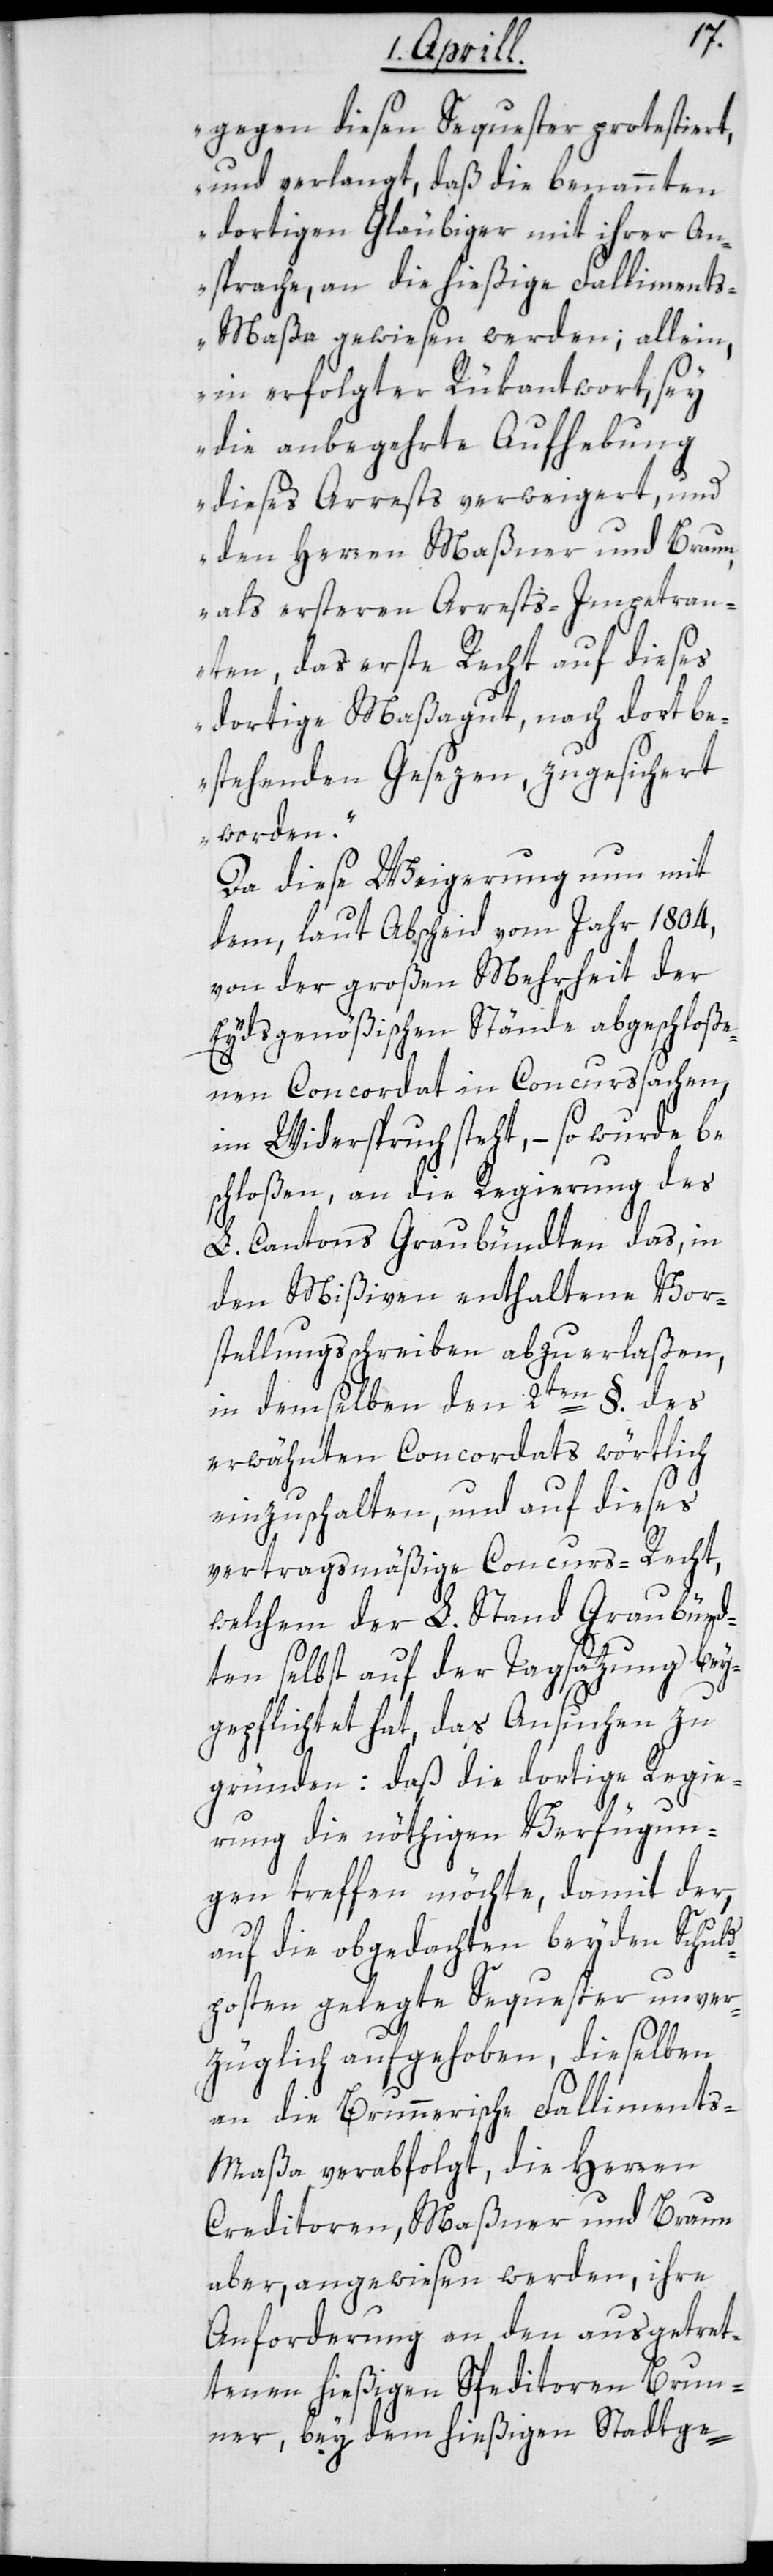
gegen diesen Sequester protestiert,
und verlangt, daß die benannten
dortigen Gläubiger mit ihrer An¬
sprache an die hießige Falliment¬
s-Maßa gewiesen werden; allein,
in erfolgter Rükantwort, sey
die anbegehrte Aufhebung
dieses Arrests verweigert, und
den Herren Maßner und Braun,
als ersteren Arrests-Impetran¬
ten, das erste Recht auf dieses
dortige Maßagut, nach dort be¬
stehenden Gesezen, zugesichert
worden“.
Da diese Weigerung nun mit
dem, laut Abscheid vom Jahr 1804
von der großen Mehrheit der
Eydsgenößischen Stände abgeschloße¬
nen Concordat in Concurssachen,
im Widerspruch steht, – so wurde be¬
schloßen, an die Regierung des
L. Cantons Graubündten das, in
den Mißiven enthaltene Vor¬
stellungsschreiben abzuerlaßen,
in demselben den 2ten §. des
erwähnten Concordats wörtlich
einzuschalten, und auf dieses
vertragsmäßige Concurs-Recht,
welchem der L. Stand Graubünd¬
ten selbst auf der Tagsatzung bey¬
gepflichtet hat, das Ansuchen zu
gründen: Daß die dortige Regie¬
rung die nöthigen Verfügun¬
gen treffen möchte, damit der,
auf die obgedachten beyden Schuld¬
posten gelegte Sequester unver¬
züglich aufgehoben, dieselben
an die Brunnerische Falliment¬
s-Maßa verabfolgt, die Herren
Creditoren Maßner und Braun
aber, angewiesen werden, ihre
Anforderung an den ausgetret¬
tenen hießigen Speditoren Brun¬
ner, bey dem hießigen Stadtge-